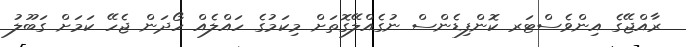
ރާއްޖޭގެ އިންވެސްޓަރ ކޮންފިޑެންސް ނުގެއްލޭގޮތަށް މިކަމުގެ ހައްލެއް ހޯދަން ޖެހޭ ކަމަށް ގަބޫލު